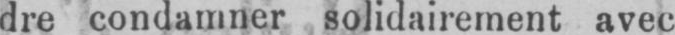
dre condamner solidairement avec